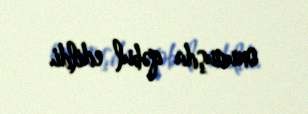
oxunuşda qəbul edildi.